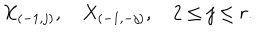
X _ { ( - 1 , j ) } , \quad X _ { ( - 1 , - j ) } , \quad 2 \leq j \leq r .